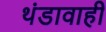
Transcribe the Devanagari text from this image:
थंडावाही